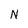
Character: N